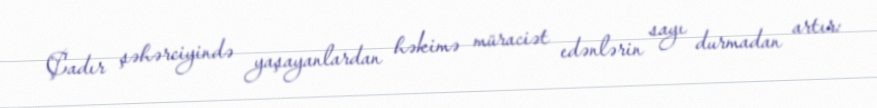
Çadır şəhərciyində yaşayanlardan həkimə müraciət edənlərin sayı durmadan artır: